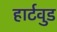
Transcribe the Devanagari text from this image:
हार्टवुड